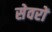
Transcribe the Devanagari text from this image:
सेवरों